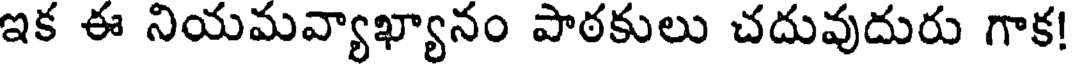
ఇక ఈ నియమవ్యాఖ్యానం పాఠకులు చదువుదురు గాక!